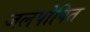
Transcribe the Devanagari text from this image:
जलपोषित